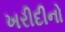
ખરીદીનો